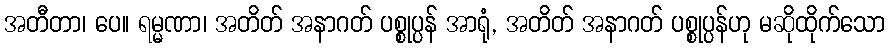
အတီတာ၊ ပေ။ ရမ္မဏာ၊ အတိတ် အနာဂတ် ပစ္စုပ္ပန် အာရုံ, အတိတ် အနာဂတ် ပစ္စုပ္ပန်ဟု မဆိုထိုက်သော